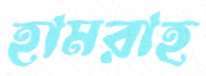
হামরাহ